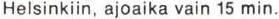
Helsinkiin, ajoaika vain 15 min.